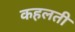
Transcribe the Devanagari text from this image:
कहलती